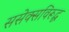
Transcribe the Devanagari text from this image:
ससेक्सविरूद्ध